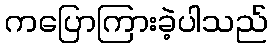
ကပြောကြားခဲ့ပါသည်